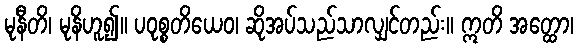
မုနီတိ၊ မုနိဟူ၍။ ပဝုစ္စတိယေဝ၊ ဆိုအပ်သည်သာလျှင်တည်း။ ဣတိ အတ္ထော၊